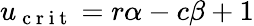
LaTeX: u_{\mathrm{~c~r~i~t~}}=r\alpha-c\beta+1